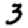
Digit: 3